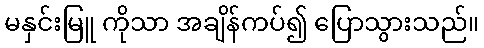
မနှင်းမြူ ကိုသာ အချိန်ကပ်၍ ပြောသွားသည်။